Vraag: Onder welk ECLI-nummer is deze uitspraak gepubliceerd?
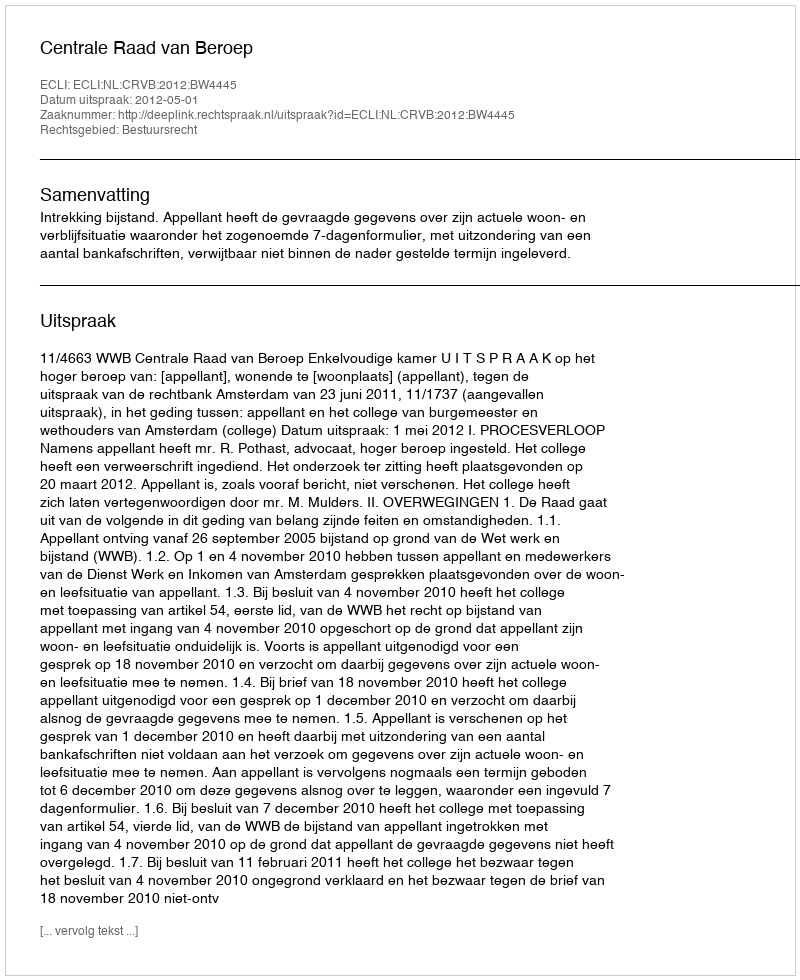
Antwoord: ECLI:NL:CRVB:2012:BW4445